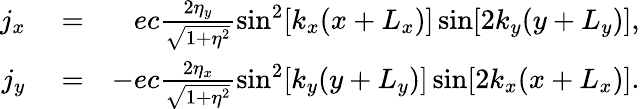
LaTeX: \begin{array}{rlr}{j_{x}}&{{}=}&{ec\frac{2\eta_{y}}{\sqrt{1+\eta^{2}}}\sin^{2}[k_{x}(x+L_{x})]\sin[2k_{y}(y+L_{y})],}\\ {j_{y}}&{{}=}&{-ec\frac{2\eta_{x}}{\sqrt{1+\eta^{2}}}\sin^{2}[k_{y}(y+L_{y})]\sin[2k_{x}(x+L_{x})].}\end{array}